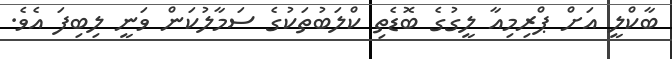
ބާކްލީ އަށް ޕްރިމިއާ ލީގުގެ ބޮޑެތި ކްލަބުތަކުގެ ސަމާލުކަން ވަނީ ލިބިފަ އެވެ.